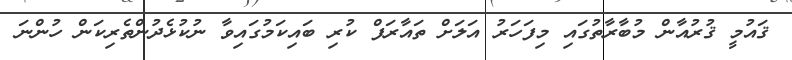
ޤައުމީ ޤުރުއާން މުބާރާތުގައި މިފަހަރު އަލަށް ތައާރަފް ކުރި ބައިކަމުގައިވާ ނުކުޅެދުންތެރިކަން ހުންނަ